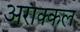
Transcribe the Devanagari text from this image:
अराक्कल